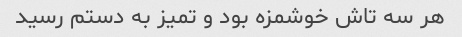
هر سه تاش خوشمزه بود و تمیز به دستم رسید